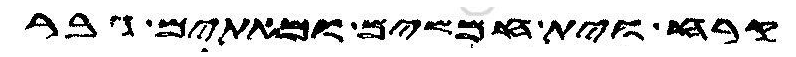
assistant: קרח וית חמשים ומאתים גבר